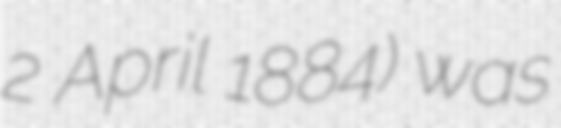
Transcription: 2 April 1884) was